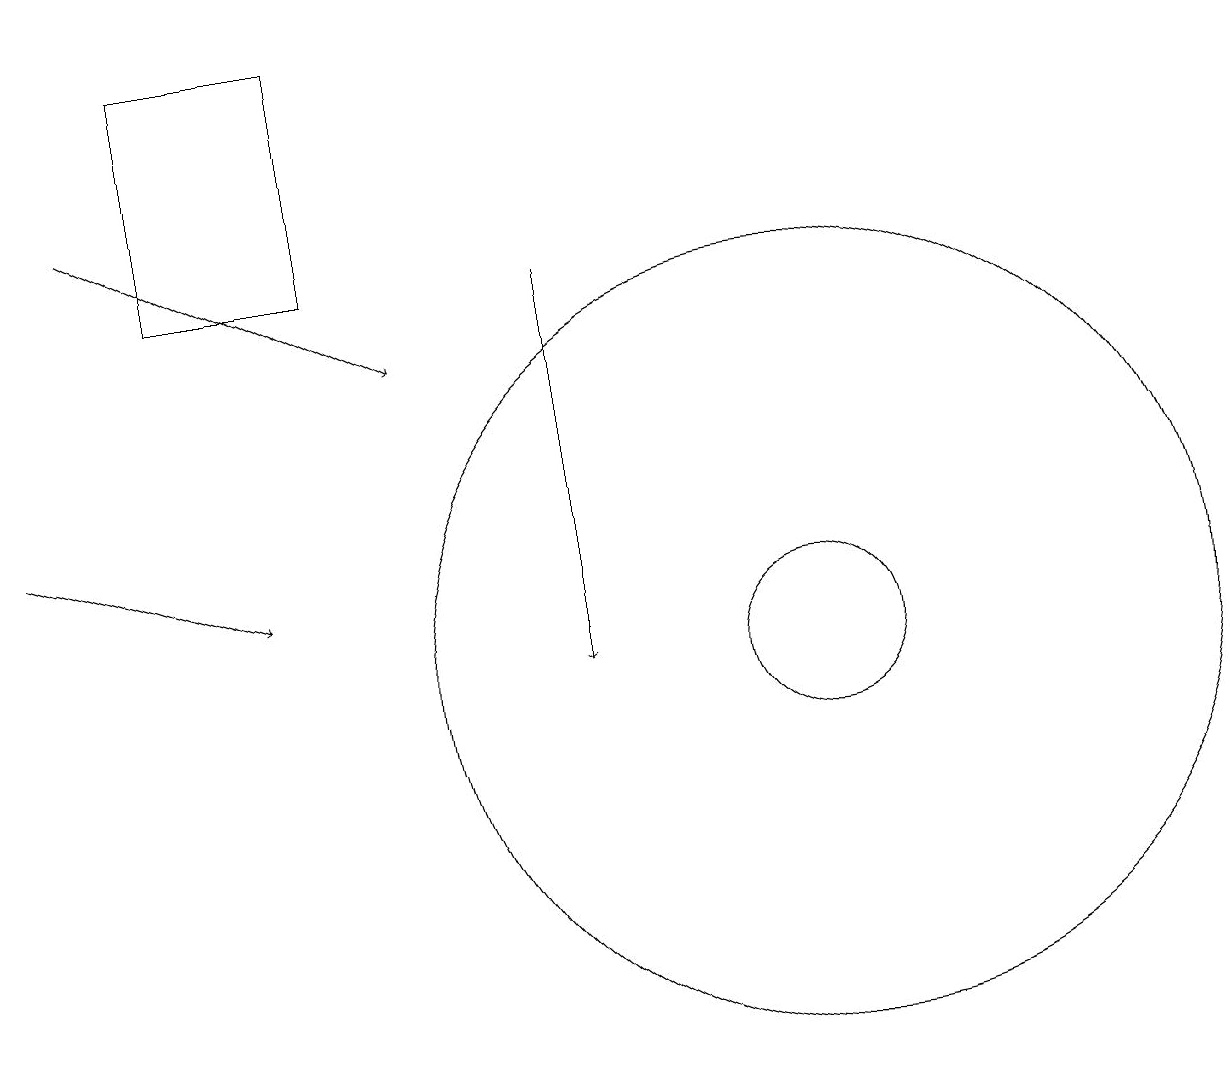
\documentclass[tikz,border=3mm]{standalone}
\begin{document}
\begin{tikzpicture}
\draw[->] (1,17) -- (5,15);
\draw (4,16) rectangle (2,19);
\draw[->] (7,16) -- (7,11);
\draw (10,11) circle (1);
\draw[->] (0,13) -- (3,12);
\draw (10,11) circle (5);
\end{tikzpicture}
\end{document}